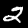
Digit: 2